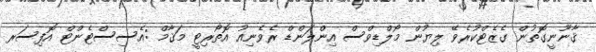
ޤާނޫނީގޮތުން ގެޒެޓްކުރެވޭ ލިޔުން މޯލްޑިވްސް އިންލަންޑް ރެވެނިއު އޮތޯރިޓީ މަޤާމް :އެސިސްޓެންޓް އޮފިސަރ